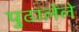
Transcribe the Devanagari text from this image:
पुढालेले